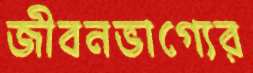
জীবনভাগ্যের